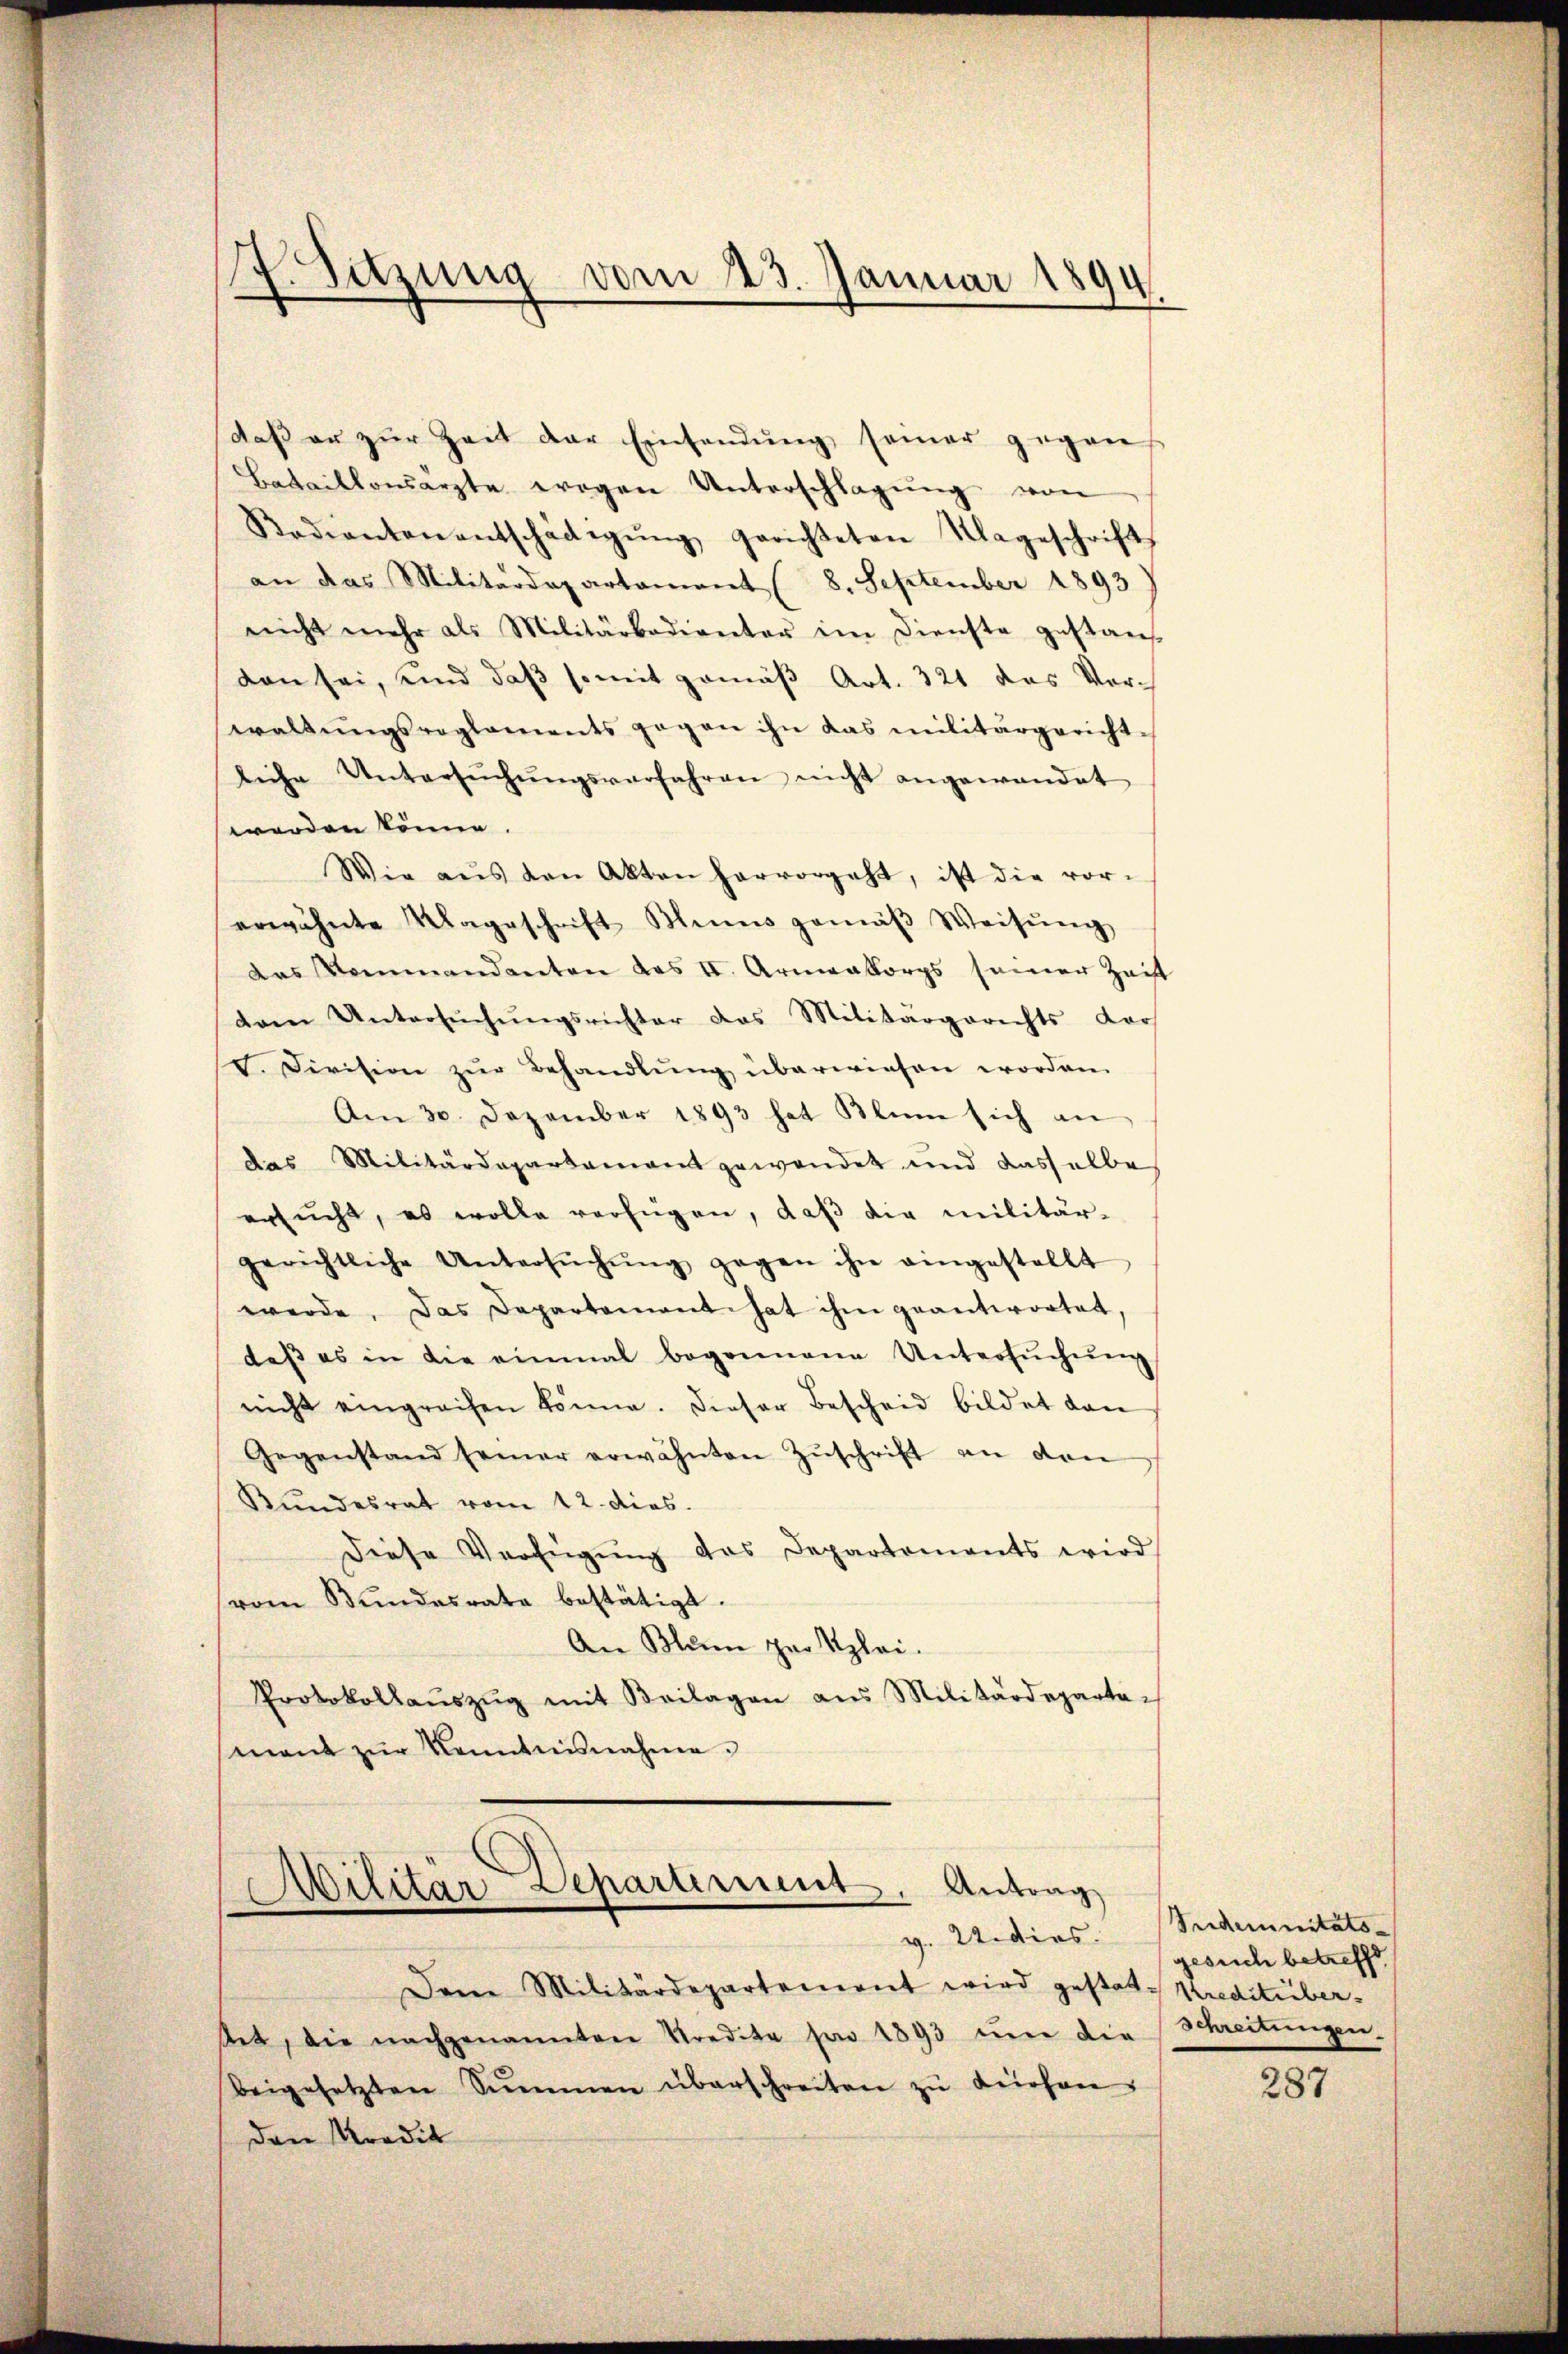
daß er zur Zeit der Einsendung seiner gegen
Bataillonsärzte wegen Unterschlagung von
Kodiantanentschädigŭng gerichteten Tageschrift
an das Militärdepartament (8. September 1893)
nicht mehr als Militärbadianter im Dienste gestan
den sei, und daß somit gemäß Art. 321 das Verwaltŭngsreglements gegen ihn das militärgerichtliche Untersŭchŭngsverfahren nicht angewandet
werden könne.
Wie aŭs den Akten hervorgeht, ist die vor-
erwähnte Klageschrift Blins gemäβ Weisŭng
das Kommandanten das II. Armenkorps seiner Zeit
dam Untersŭchŭngsrichter das Militärgerichts dar
F. Division zŭr Behandlŭng überwiesen worden.
Am 30. Dezember 1893 hat Klum sich an
das Militärdepartamant gewendet und dasselbe
ersŭcht, es wolle verfügen, daß die militär-
gerichtliche Untersŭchŭng gegen ihn eingestellt
werde. Das Departement hat ihm geantwortet,
daβ es in die einmal begonnene Untersŭchŭng
nicht eingreifen könne. Dieser Bescheid bildet dan
Gegenstand seiner erwähnten Zŭschrift an den
Bundesrat vom 12. dies
Diese Verfügŭng das Departements wird
vom Bŭndesrate bestätigt.
An Blum per plai.
Protokollaŭszŭg mit Beilagen aus Militärdeparta-
mant zur Kenntnisnahme.

. Sitzung vom 23. Januar 1894

Militär Departement. Antrag
v. Undies

Den Militärdepartement wird gestatt-Kreditübertet, die nachgenannten Predita pro 1893 und die Schreitungen.
Beigesetzten Summen überschreiten zŭ leichen
den Kredit

Seidernitäts-
gesuch betreffe

287